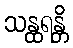
သန္ထရန္တိ